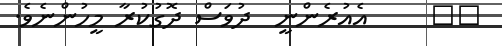
١١     އެއުރެންނީ  ދުވަސް ދޮގުކުރާ މީހުންނެވެ.